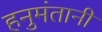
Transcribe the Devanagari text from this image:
हनुमंतानी